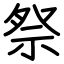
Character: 祭